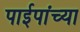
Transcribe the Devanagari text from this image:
पाईपांच्या